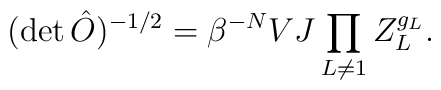
(\det\hat O)^{-1/2}=\beta^{-N}VJ\prod_{L\neq 1} Z_L^{g_L}.